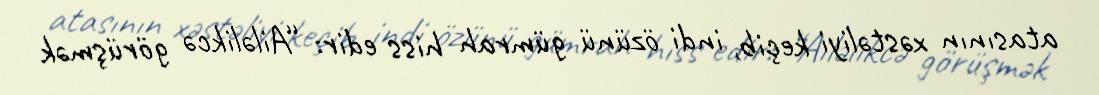
atasının xəstəliyi keçib, indi özünü gümrah hiss edir: “Ailəlikcə görüşmək